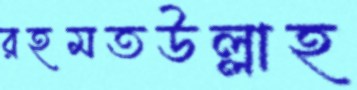
রহমতউল্লাহ